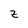
Character: z